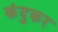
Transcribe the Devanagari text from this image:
कंदुकर